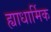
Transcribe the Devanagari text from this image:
ह्याधार्मिक